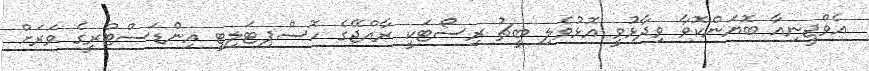
އެވްޖީނިއާ ބޮޔަންކޮވާ ވިދާޅުވީ އޮޅުވެލި ބީޗު ރިސޯޓަކީ ރާއްޖޭގެ ހޮސްޕިޓަލިޓީ އިންޑަސްޓްރީގެ ވަރަށް